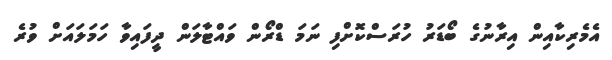
އެމެރިކާއިން އިރާނުގެ ބޯޑަރު ހުރަސްކޮށްފި ނަމަ ޑްރޯން ވައްޓާލަން ދީފައިވާ ހަމަލައަށް ވުރެ